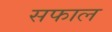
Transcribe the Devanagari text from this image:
सफाल